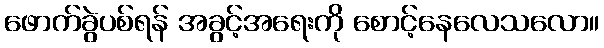
ဖောက်ခွဲပစ်ရန် အခွင့်အရေးကို စောင့်နေလေသလော။